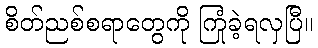
စိတ်ညစ်စရာတွေကို ကြုံခဲ့ရလှပြီ။